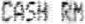
CASH RM